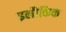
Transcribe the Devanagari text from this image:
इलौकिक